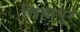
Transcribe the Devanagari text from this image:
विहापूर